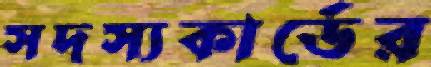
সদস্যকার্ডের